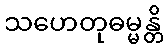
သဟေတုဓမ္မန္တိ